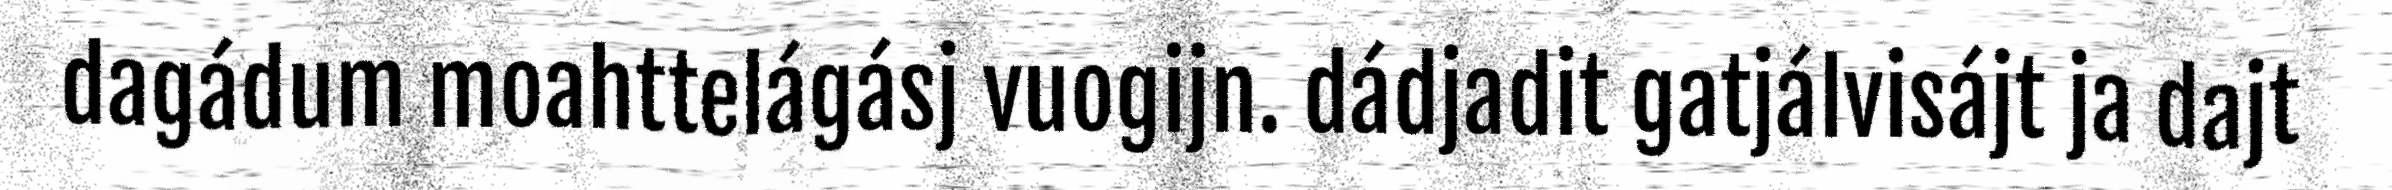
dagádum moahttelágásj vuogijn. dádjadit gatjálvisájt ja dajt